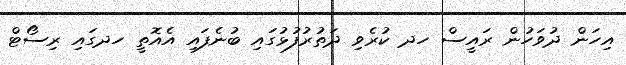
އިހަން ދުވަހުން ރައީސް ހދ ކުރެވި ދަތުރުފުޅުގައި ބުނެފައި އެއޮތީ ހދގައި ރިސޯޓް